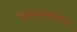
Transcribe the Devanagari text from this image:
ग्राहकाबरोबर